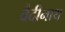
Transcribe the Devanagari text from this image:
वैदीनाथ